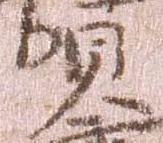
賀